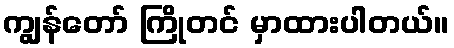
ကျွန်တော် ကြိုတင် မှာထားပါတယ်။